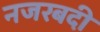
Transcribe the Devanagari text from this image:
नजरबदी